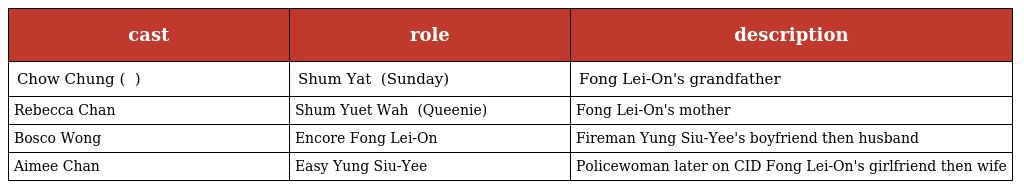
| cast | role | description |
 | --- | --- | --- |
 | Chow Chung ( 周驄 ) | Shum Yat 沈逸 (Sunday) | Fong Lei-On's grandfather |
 | Rebecca Chan | Shum Yuet Wah 沈月華 (Queenie) | Fong Lei-On's mother |
 | Bosco Wong | Encore Fong Lei-On 方履安 | Fireman Yung Siu-Yee's boyfriend then husband |
 | Aimee Chan | Easy Yung Siu-Yee 容少意 | Policewoman later on CID Fong Lei-On's girlfriend then wife |